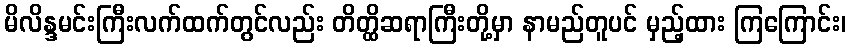
မိလိန္ဒမင်းကြီးလက်ထက်တွင်လည်း တိတ္ထိဆရာကြီးတို့မှာ နာမည်တူပင် မှည့်ထား ကြကြောင်း၊